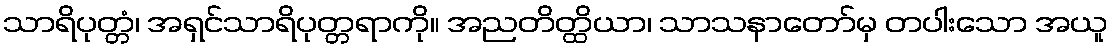
သာရိပုတ္တံ၊ အရှင်သာရိပုတ္တရာကို။ အညတိတ္ထိယာ၊ သာသနာတော်မှ တပါးသော အယူ